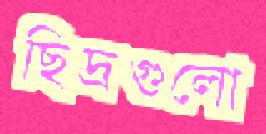
ছিদ্রগুলো